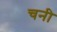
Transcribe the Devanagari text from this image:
चनी